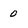
Character: 0